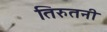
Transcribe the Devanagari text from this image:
तिरुतनी